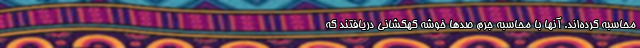
محاسبه کرده‌اند. آنها با محاسبه جرم صدها خوشه کهکشانی دریافتند که